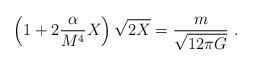
LaTeX: \begin{align*}\left( 1+ 2 \frac{\alpha}{M^4} X \right) \sqrt{2 X} =\frac{m}{\sqrt{12 \pi G}}~.\end{align*}